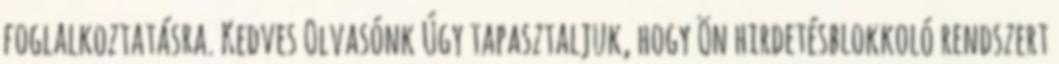
foglalkoztatásra. Kedves Olvasónk Úgy tapasztaljuk, hogy Ön hirdetésblokkoló rendszert